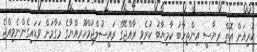
ކުރިއަށް އޮތް ރިޔާސީ އިންތިހާބު ކާމިޔާބު ކުރެވި ރާއްޖޭގެ ރައީސުލްޖުމްހޫރިއްޔާގެ މަގާމަށް ވަޑައިގެންނެވިއްޖެ